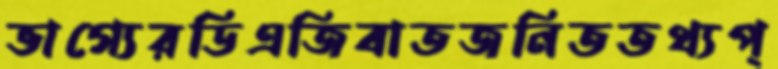
ভাগ্যেরডিএজিবাতজনিততথ্যপ্